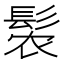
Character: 𬴩